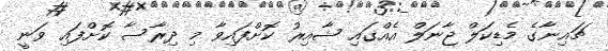
ޗައިނާގެ މެޑިކަލް ޖާނަލް އެއްގައި ޝާއިރު ކޮށްފައިވާ މި ދިރާސާ ކޮށްފައި ވަނީ